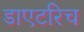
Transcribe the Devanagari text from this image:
डाएटरिच